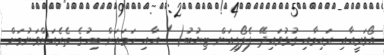
އޯވަރީއާއި ރަޙިމާއި ގުޅުވައިދޭ ފެލޯޕިއަން ޓިޔުބު( ) އާއި ހަމައަށް ބިހުގެ ތެރެއަށްވަނުމަށް